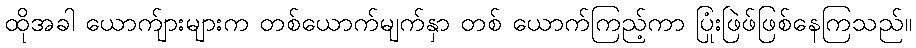
ထိုအခါ ယောက်ျားများက တစ်ယောက်မျက်နှာ တစ် ယောက်ကြည့်ကာ ပြုံးဖြဲဖ်ဖြစ်နေကြသည်။